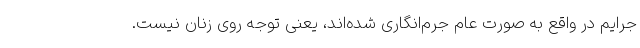
جرایم در واقع به صورت عام جرم‌انگاری شده‌اند، یعنی توجه روی زنان نیست.